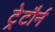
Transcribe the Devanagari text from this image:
ट्रेटौर्न